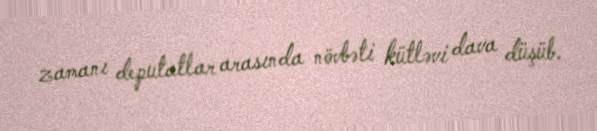
zamanı deputatlar arasında növbəti kütləvi dava düşüb.